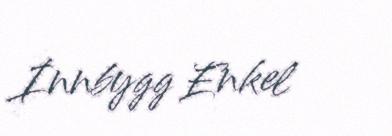
Innbygg Enkel